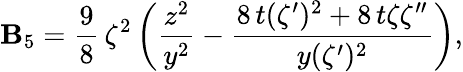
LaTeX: \mathbf{B}_{5}={\frac{{9}}{{8}}}\, {\zeta^{2}\left(\frac{{z^{2}}}{{y^{2}}}-\frac{{8\, t(\zeta^{\prime})^{2}+8\, t\zeta\zeta^{\prime\prime}}}{{y(\zeta^{\prime})^{2}}}\right),}